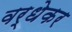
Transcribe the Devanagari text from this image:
वर्धेकर